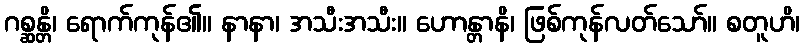
ဂစ္ဆန္တိ၊ ရောက်ကုန်၏။ နာနာ၊ အသီးအသီး။ ဟောန္တာနိ၊ ဖြစ်ကုန်လတ်သော်။ စတူဟိ၊